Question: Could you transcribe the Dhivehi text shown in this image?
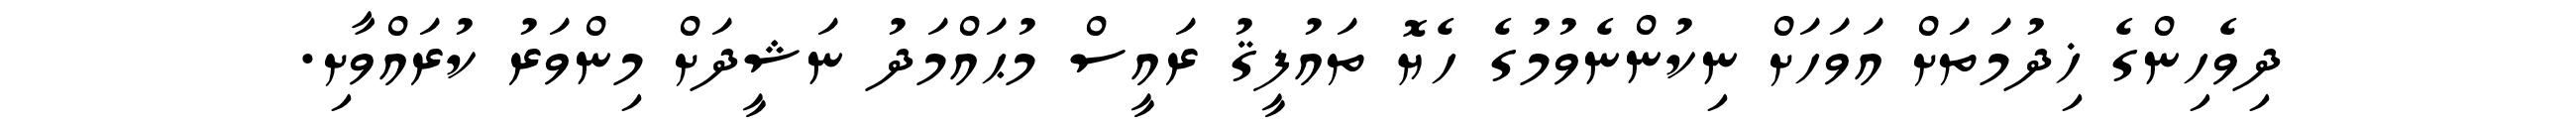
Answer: ދިވެހިންގެ ޚިދުމަތަށް އަވަހަށް ނިކުންނެވުމުގެ ހެޔޮ ތައުފީޤު ރައީސް މުޙައްމަދު ނަޝީދަށް މިންވަރު ކުރައްވާށި.